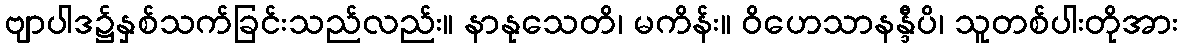
ဗျာပါဒ၌နှစ်သက်ခြင်းသည်လည်း။ နာနုသေတိ၊ မကိန်း။ ဝိဟေသာနန္ဒီပိ၊ သူတစ်ပါးတိုအား